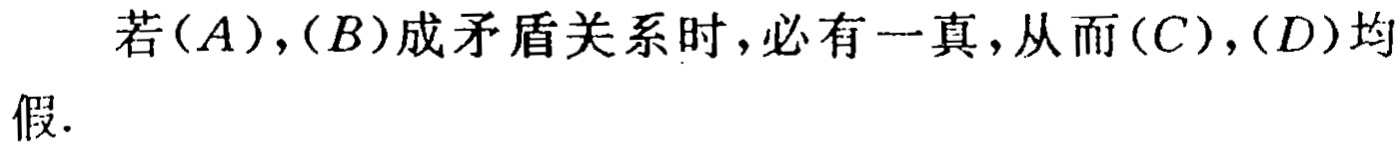
若$(A),(B)$成矛盾关系时,必有一真,从而$(C),(D)$均假.